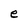
Character: e